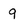
Character: 9